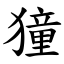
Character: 獞